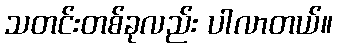
သတင်းတစ်ခုလည်း ပါလာတယ်။